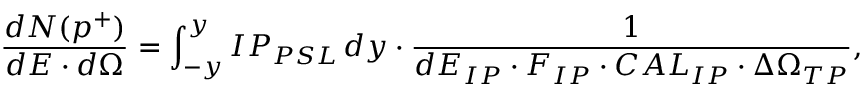
\frac { d N ( p ^ { + } ) } { d E \cdot d \Omega } = \int _ { - y } ^ { y } { I P _ { P S L } \, d y } \cdot \frac { 1 } { d E _ { I P } \cdot F _ { I P } \cdot C A L _ { I P } \cdot \Delta \Omega _ { T P } } ,